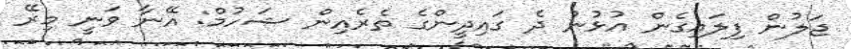
ޖަލުން ފިލައިގެން އުޅުނު ދެ ގައިދީންގެ ތެރެއިން ޝަހުމް: އޭނާ ވަނީ މިރޭ